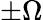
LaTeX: \pm\Omega